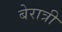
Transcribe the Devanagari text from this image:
बेरात्री